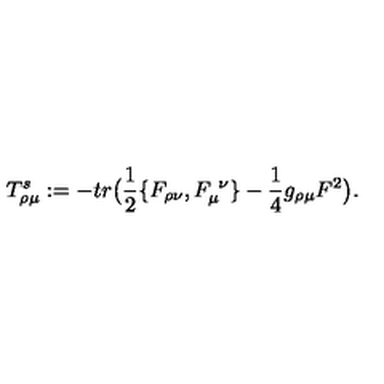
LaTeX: T _ { \rho \mu } ^ { s } : = - t r \big ( { \frac { 1 } { 2 } } \{ F _ { \rho \nu } , F _ { \mu } ^ { \ \nu } \} - { \frac { 1 } { 4 } } g _ { \rho \mu } F ^ { 2 } \big ) .